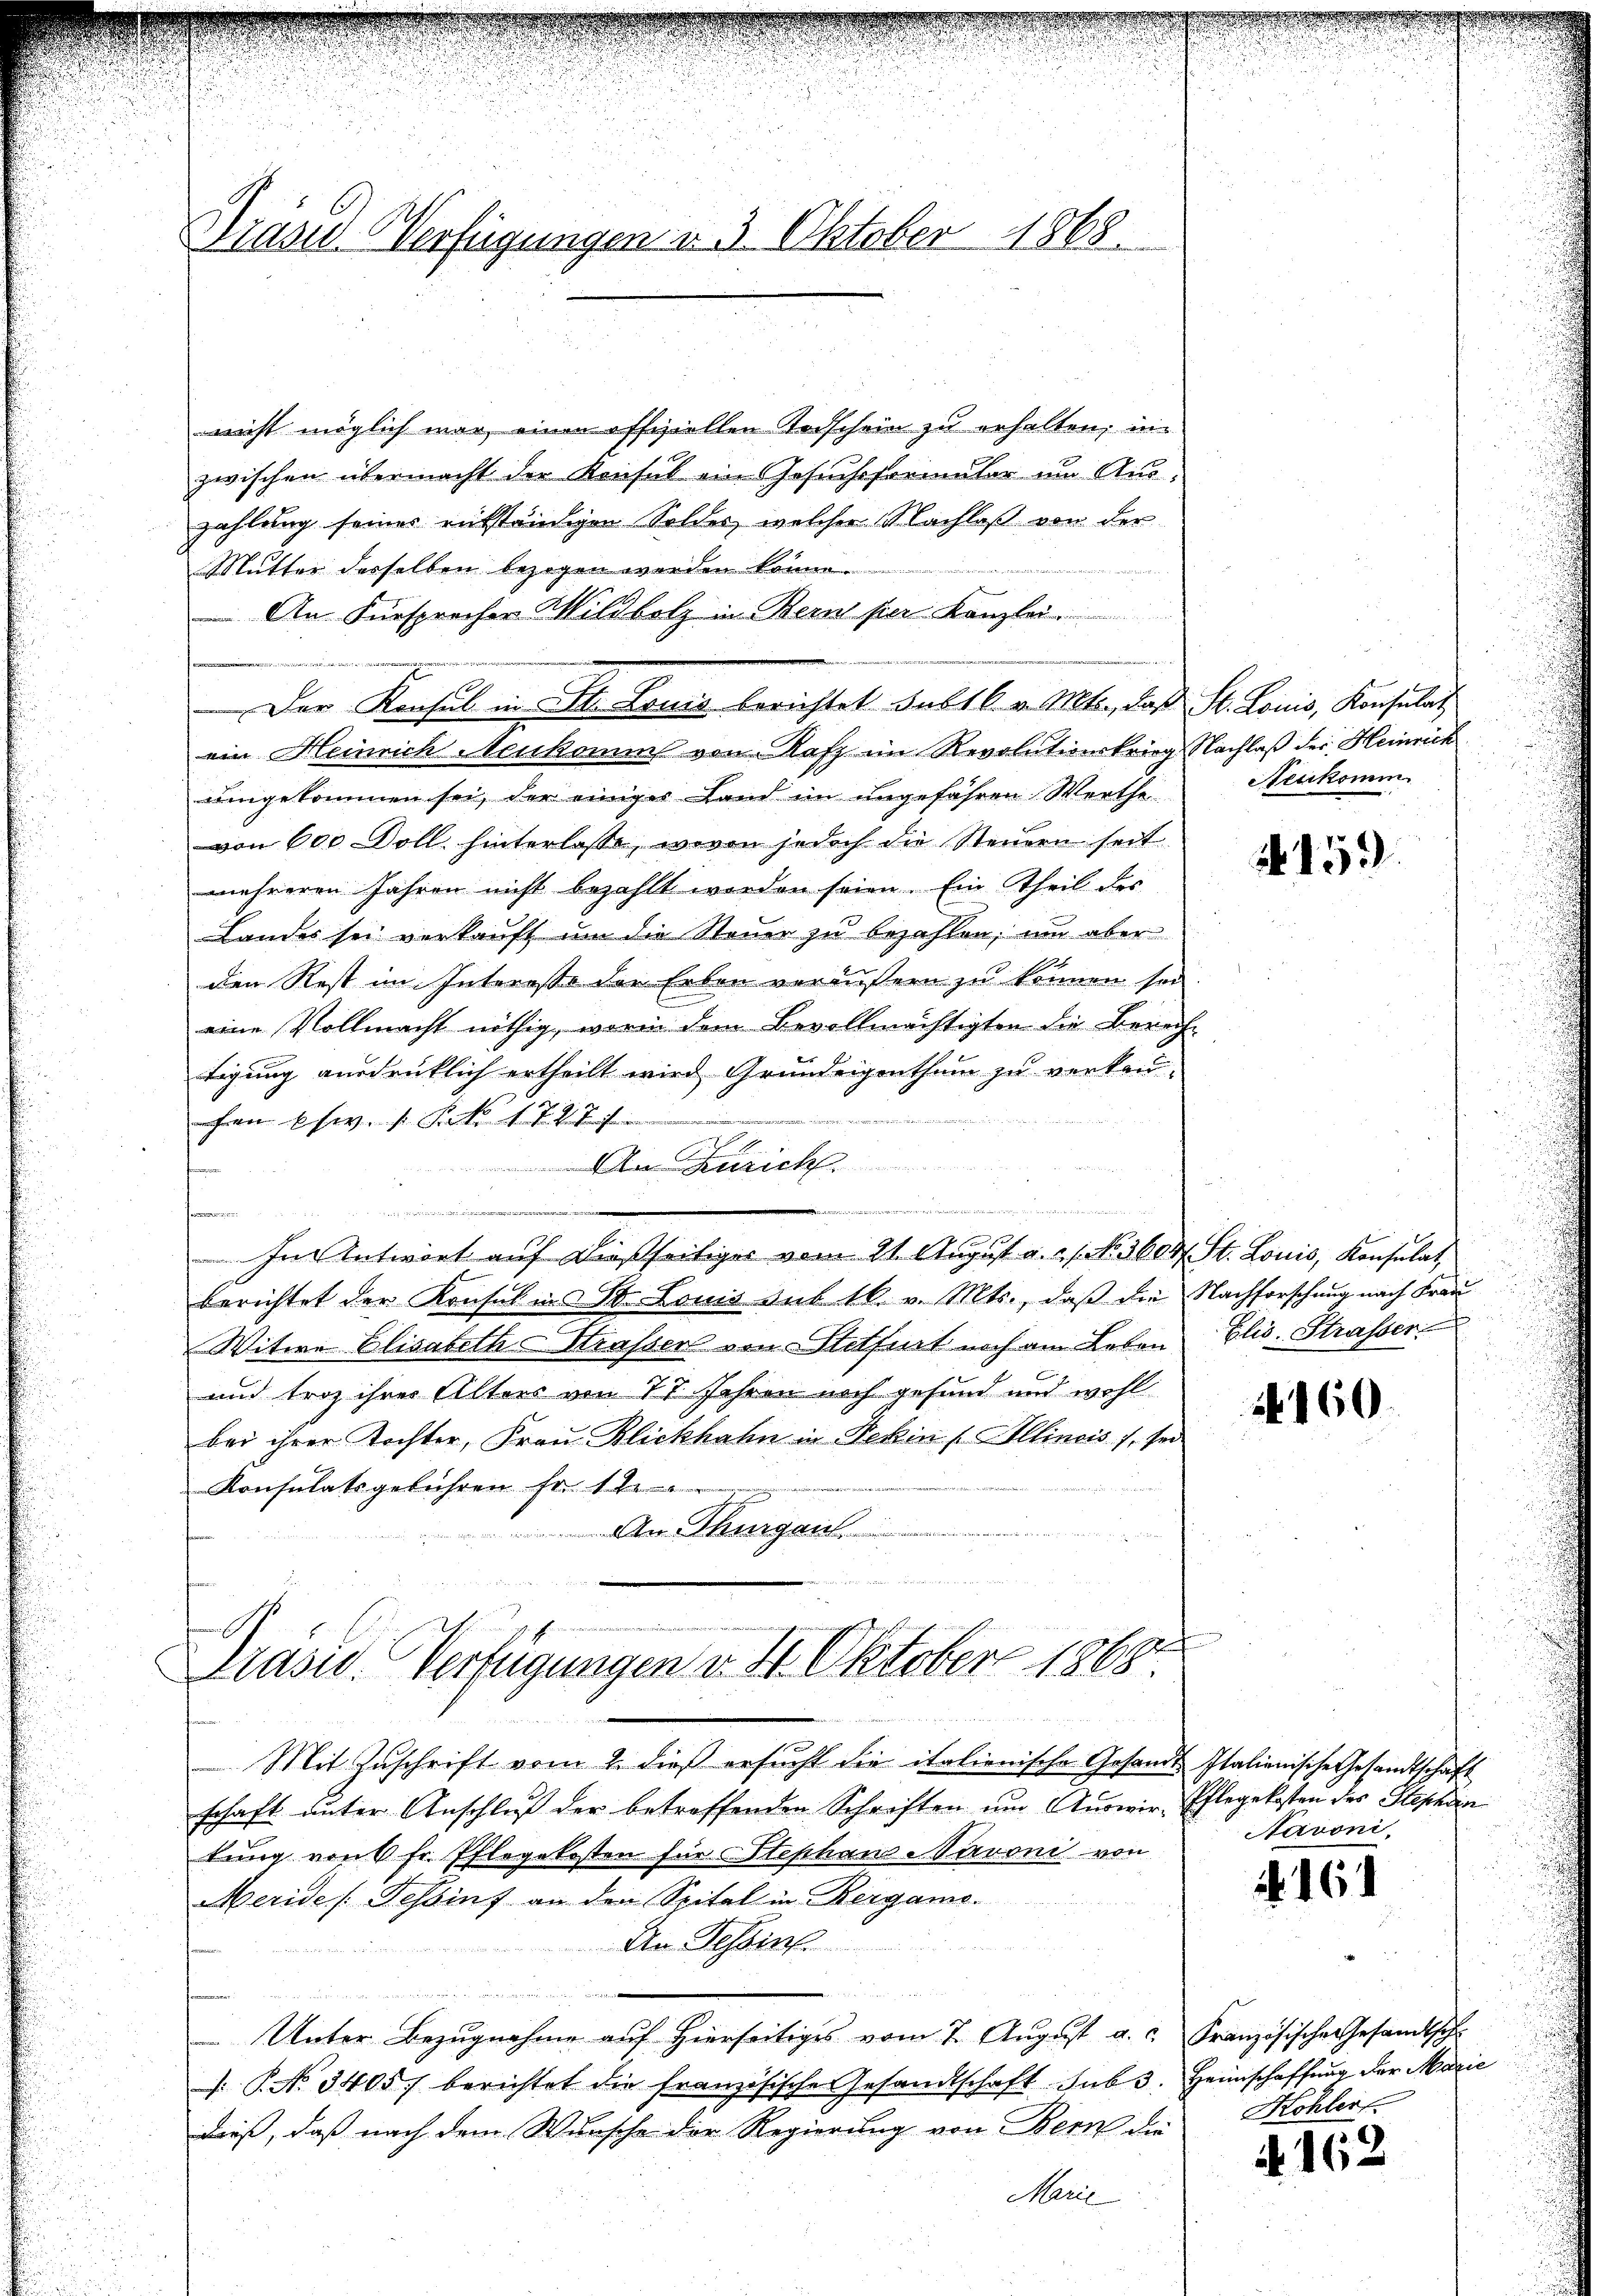
Präsid-Verfügungen v. 3. Oktober 1868.

nicht möglich war, einen offiziellen Todschein zu erhalten, in
zwischen übermacht der Konsul ein Gesuchsformaler im Auszahlung seines rükständigen Soldes, welcher Nachlaß von der
Mutter desselben bezogen werden könne.
An Fürsprecher Wildbolz in Bern per Kanzlei
Der Konsul in St. Louis berichtet subtb. v. Mts., daß St. Louis, Konsulat
ein Heinrich Neukommt von Rafz im Revolutionskrieg Nachlaß der Heinrich
umgekommen sei, der einiges Land im ungefähren Werthe-
von 600 Doll hinterlasse, wovon jedoch die Steuern seit
mehreren Jahren nicht bezahlt worden seien. Ein Theil der
Landes sei verkaŭft ŭm die Steŭer zu bezahlen, um aber
den Rest im Interesse der Erben veräußern zu können sei
eine Vollmacht nöthig, worin dem Bevollmächtigten die Berechtigung ausdrüklich ertheilt wird Grundeigenthum zu verkani
n s. f. Frk. 1727 f
An Zürich
u

t
In Antwort auf dießseitiges vom 21. August u. 21. No. 3604 St. Louis, Konsulat
berichtet der Konsul ins St. Louis sub 16. v. Mts., daß die Nachforschung nach Frau
Witwe Elisabeth-Strasser von Stitfert noch am Leben Elis. Strasser
und troz ihrer Alters von 77 Jahren noch gesund und wohl
bei ihrer Tochter, Frau Blickhahn in Fekin Illinois 1, sei
Konsulatsgeführen fr. 12.
An Thurgau.
winen amen
gef
Drasid. Verfügungen v. 4. Oktober 1868.

run

Mit Zuschrift vom 2. dieß ersucht die italienische Gesandt
schaft unter Anschluß der betreffenden Schriften um Auswir-
tung von fr. Pflegekosten für Stephanaroni von
Meride Schöinf an den Spital in Bergamo.
An Tessine
n
Unter Bezugnahme auf hierseitiges vom 7. August a. c.
.P. No. 3405) berichtet die französische Gesandtschaft sub 3. Heimschaffung der Marie
dieß, daß nach dem Wunsche der Regierung von Bern die
Marie

Neukomm

N 159.

160.

Italienische Gesandtschaft
Pflegekosten des Stephan
Navoni

Französischen Gesandtsch
Kohler.

A. 162